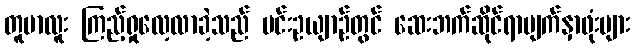
တူဗာလူး ကြည့်ရှုလေ့လာခဲ့သည် မင်းဥယျာဉ်တွင် ဆေးဘက်ဆိုင်ရာမျက်နှာဖုံးများ